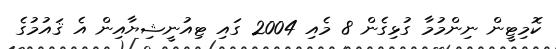
ކޮމިޓީން ނިންމުމާ ގުޅިގެން 8 މެއި 2004 ގައި ޓިއުނީޝިޔާއިން އެ ޤައުމުގެ